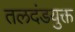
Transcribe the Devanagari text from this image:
तलदंडयुक्त